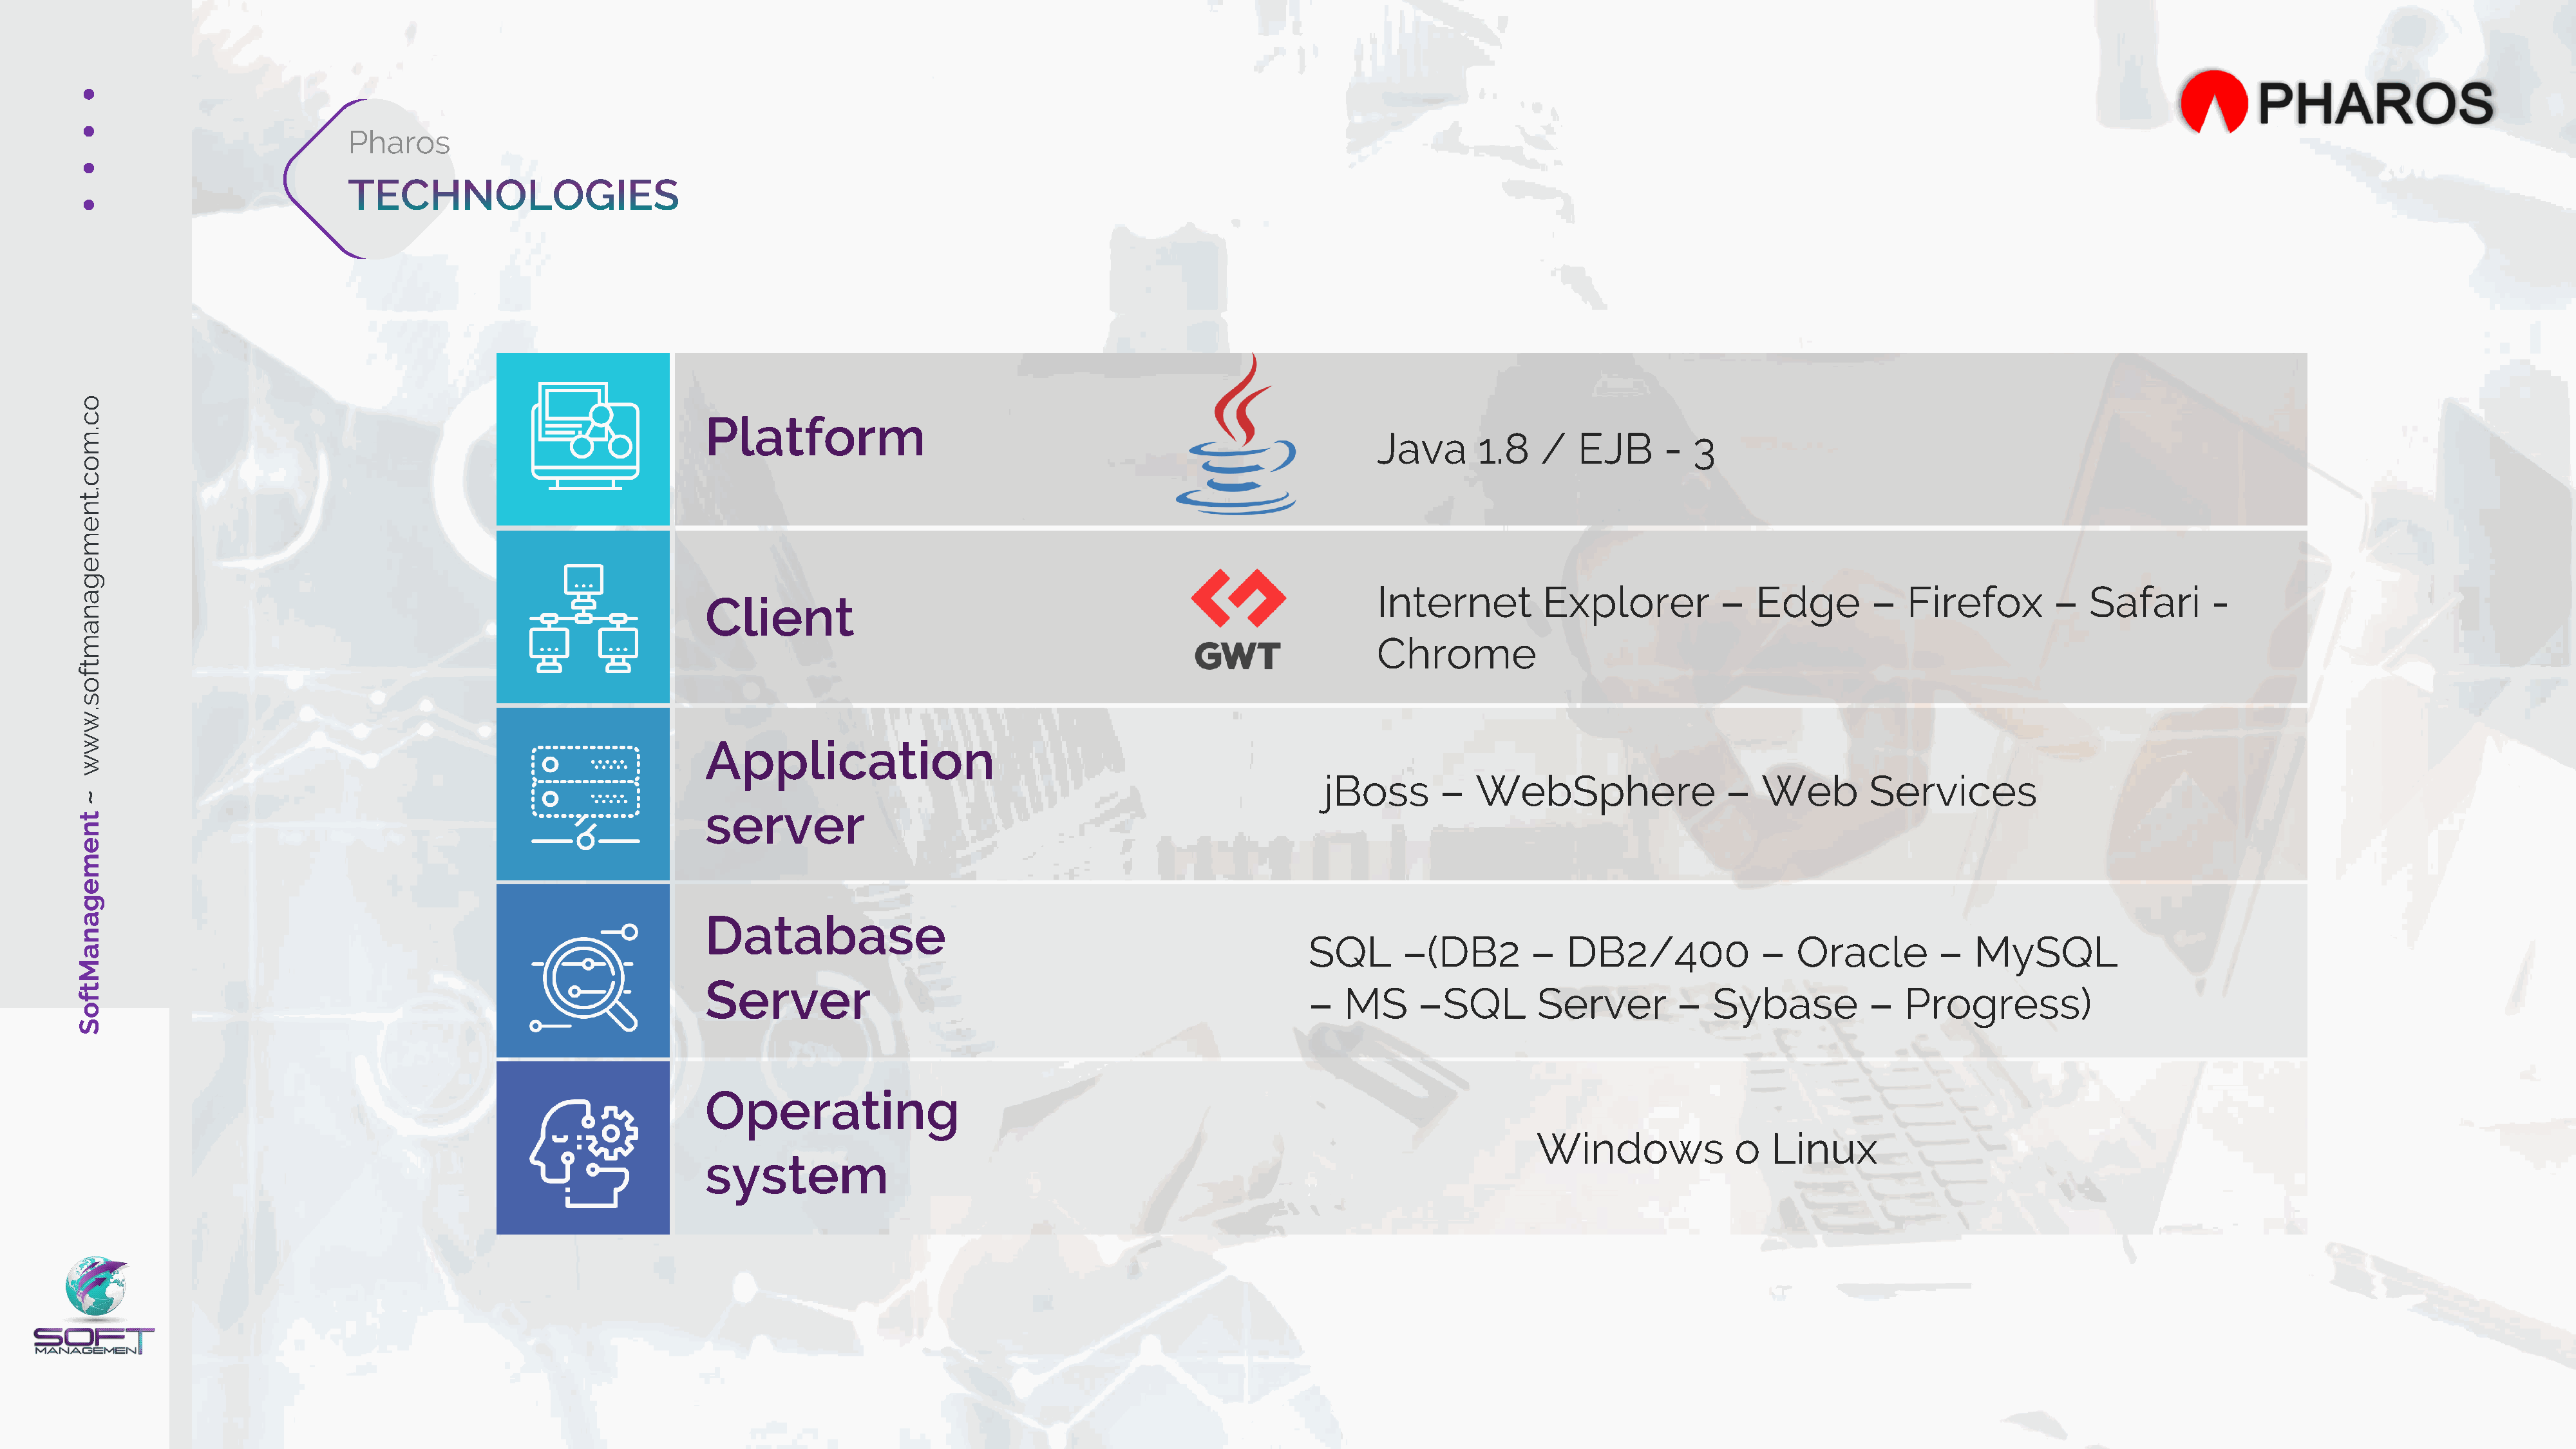
o
 c                                                               Platform
 .
 m                                                                                                                                     Java      1.8   /   EJB      -  3
 o
 c
 .
 t
 n
 e
 m
 e
 g
 Internet         Explorer          –  Edge        –   Firefox        –   Safari      -
 a
 Client
 n
 a
 m                                                                                                                                     Chrome
 t
 f
 o
 s
 .
 w
 w
 Application
 w
 jBoss       –   WebSphere                –   Web        Services
 ~
 server
 t
 n
 e
 m
 e
 g
 a                                                               Database
 n
 SQL       –(DB2        –   DB2/400             –   Oracle        –   MySQL
 a
 M
 Server
 t                                                                                                                             –   MS      –SQL        Server        –   Sybase          –   Progress)
 f
 o
 S
 Operating
 Windows             o   Linux
 system